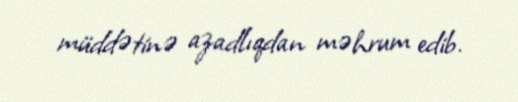
müddətinə azadlıqdan məhrum edib.